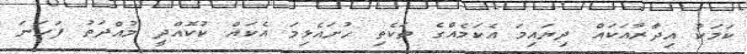
ކަމަކު އިދާރާއަކައް ދިޔައިމަ އެކަމެއްގެ ތަކެތި ހުށައެޅިމަ އެކައް ކުކޮއްދީ މުއްދަތު ފަހަނަ